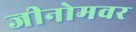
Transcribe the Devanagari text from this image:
जीनोमवर